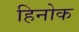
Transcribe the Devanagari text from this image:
हिनोक